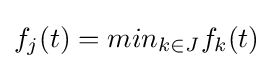
f_{j}(t)=min_{k\in J}f_{k}(t)